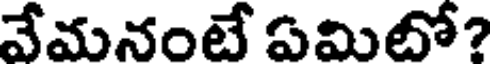
వేమనంటే ఏమిటో?